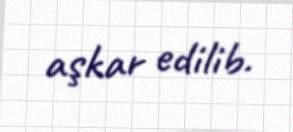
aşkar edilib.